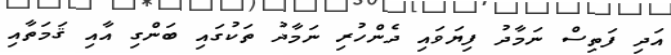
އަދި ފަތިސް ނަމާދު ފިޔަވައި ދެންހުރި ނަމާދު ތަކުގައި ބަންގި އާއި ޤަމަތާއި